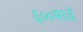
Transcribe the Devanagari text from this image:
६००मध्ये